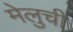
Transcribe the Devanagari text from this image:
मेलुची